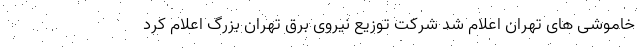
خاموشی های تهران اعلام شد شرکت توزیع نیروی برق تهران بزرگ اعلام کرد